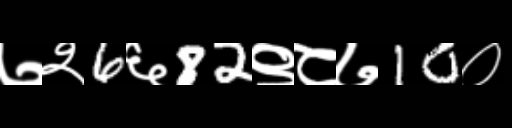
Text: ७२6६82९८७10०